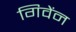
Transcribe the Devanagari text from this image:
गिवेंन